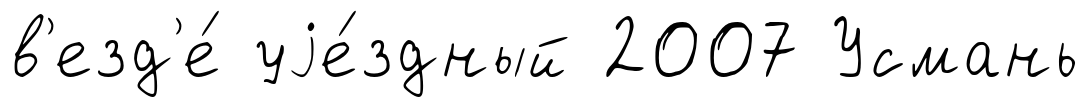
в'езд'е́ уjе́здный 2007 Усмань